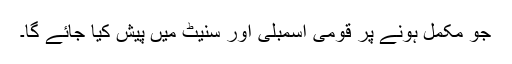
جو مکمل ہونے پر قومی اسمبلی اور سنیٹ میں پیش کیا جائے گا۔